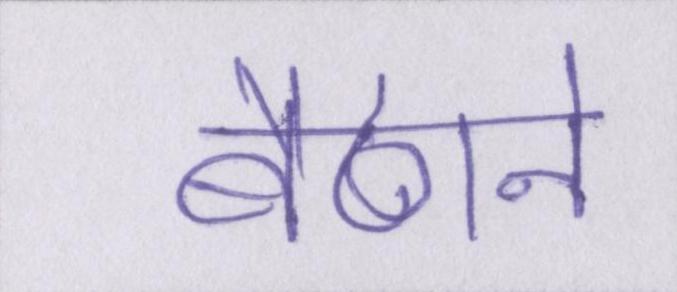
बैठाने